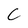
Character: C